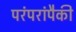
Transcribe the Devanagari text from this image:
परंपरांपैकी